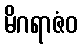
မိဂရာဇံဝ